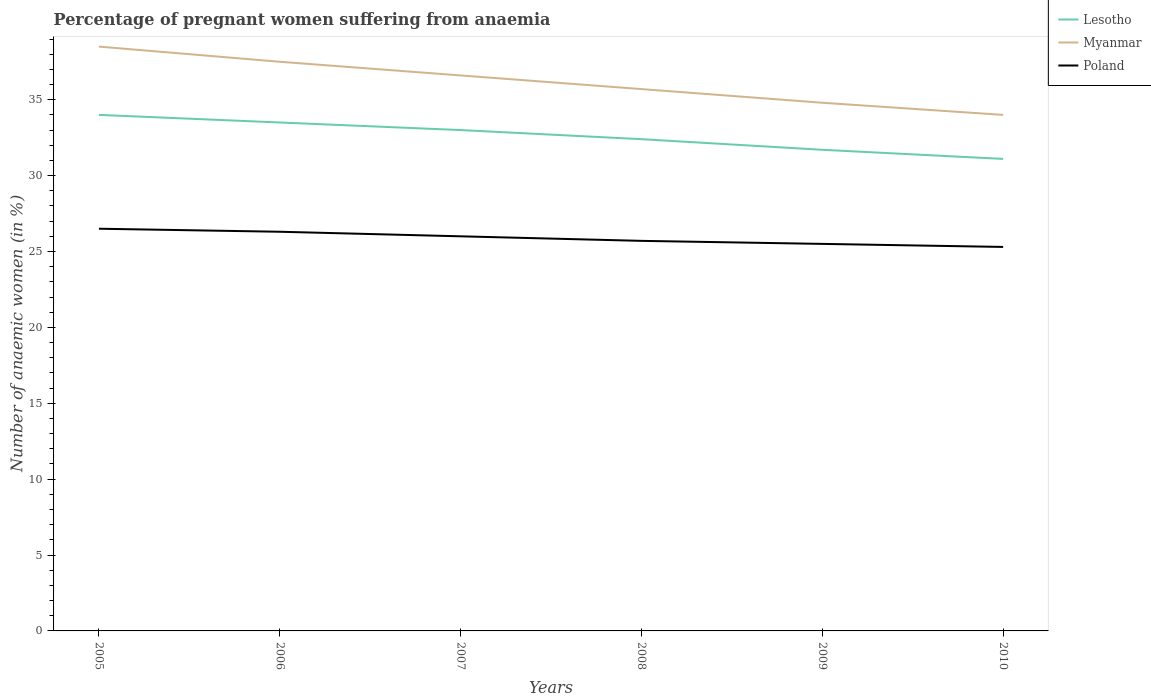
| Years | Lesotho | Myanmar | Poland |
 | --- | --- | --- | --- |
 | 2005 | 34 | 38.5 | 26.5 |
 | 2006 | 33.5 | 37.5 | 26.3 |
 | 2007 | 33 | 36.6 | 26 |
 | 2008 | 32.4 | 35.7 | 25.7 |
 | 2009 | 31.7 | 34.8 | 25.5 |
 | 2010 | 31.1 | 34 | 25.3 |